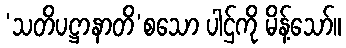
‘သတိပဋ္ဌာနာတိ’စသော ပါဌ်ကို မိန့်သော်။